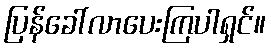
ပြန်ခေါ်လာပေးကြပါရှင်။